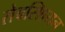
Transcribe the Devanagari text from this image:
सेबस्शियन